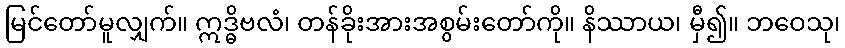
မြင်တော်မူလျှက်။ ဣဒ္ဓိဗလံ၊ တန်ခိုးအားအစွမ်းတော်ကို။ နိဿာယ၊ မှီ၍။ ဘဝေသု၊